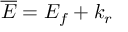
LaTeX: { \overline { { E } } } = E _ { f } + k _ { r }